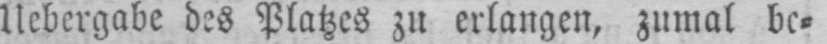
Uebergabe des Platzes zu erlangen, zumal be⸗